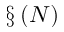
\S \O \left( N \right)